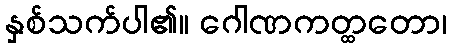
နှစ်သက်ပါ၏။ ဂေါဏကတ္ထတော၊